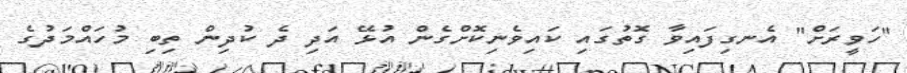
"ހަވީރަށް" އެނގިފައިވާ ގޮތުގައި ކައިވެނިކޮށްގެން އުޅޭ އަދި ދެ ކުދިން ތިބި މުހައްމަދުގެ